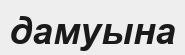
дамуына